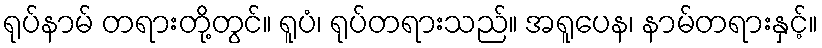
ရုပ်နာမ် တရားတို့တွင်။ ရူပံ၊ ရုပ်တရားသည်။ အရူပေန၊ နာမ်တရားနှင့်။